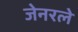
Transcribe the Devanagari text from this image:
जेनरले